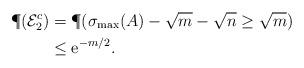
LaTeX: \begin{align*} \P(\mathcal{E}^c_2)&=\P(\sigma_{\max}(A)-\sqrt{m}-\sqrt{n}\geq \sqrt{m})\\ &\leq \mathrm{e}^{-m/2}.\end{align*}